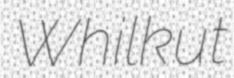
Whilkut